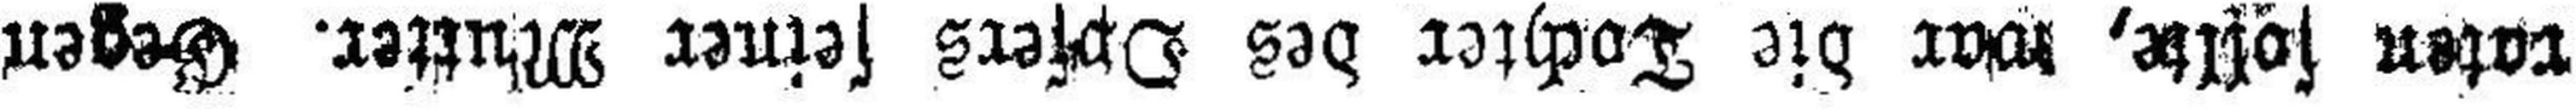
raten sollte, war die Tochter des Opfers seiner Mutter. Gegen